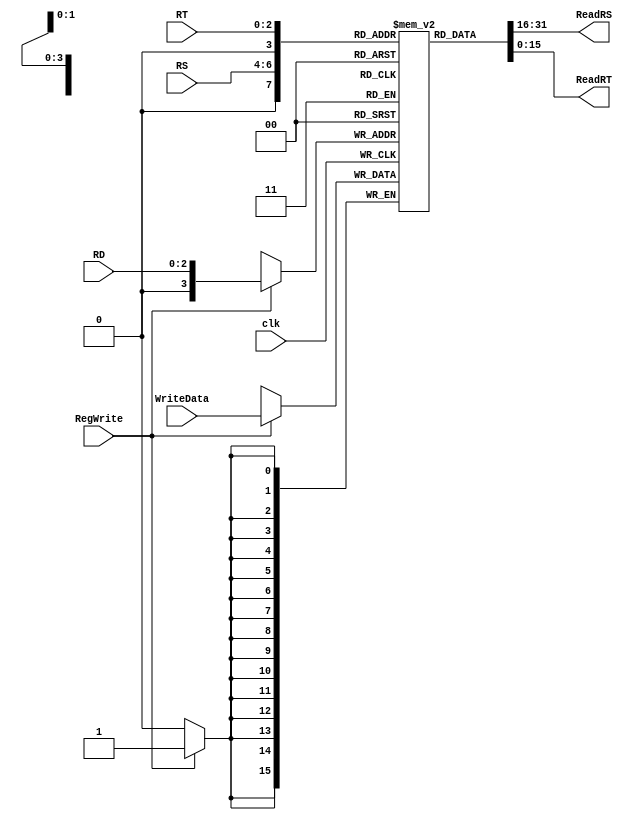
`timescale 1ns / 1ps


module RegisterFile(
input[2:0] RS,
input[2:0] RT,
input[2:0] RD,
input[15:0] WriteData,
output[15:0] ReadRS,
output[15:0] ReadRT,
input RegWrite,
input clk);

reg[15:0] Registers[15:0];

always @ (posedge clk)
begin
if(RegWrite) Registers[RD] <= WriteData;
end

assign ReadRS = Registers[RS];
assign ReadRT = Registers[RT];

endmodule